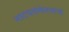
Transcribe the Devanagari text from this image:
नाटयसंमेलनाचं